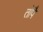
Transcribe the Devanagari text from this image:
तोपै